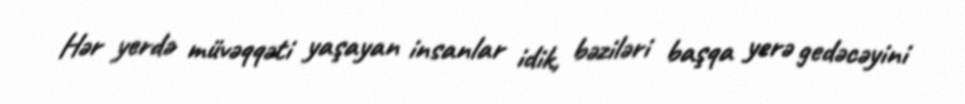
Hər yerdə müvəqqəti yaşayan insanlar idik, bəziləri başqa yerə gedəcəyini